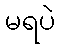
မရပဲ